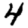
Digit: 4